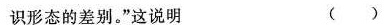
识形态的差别。”这说明 ( )